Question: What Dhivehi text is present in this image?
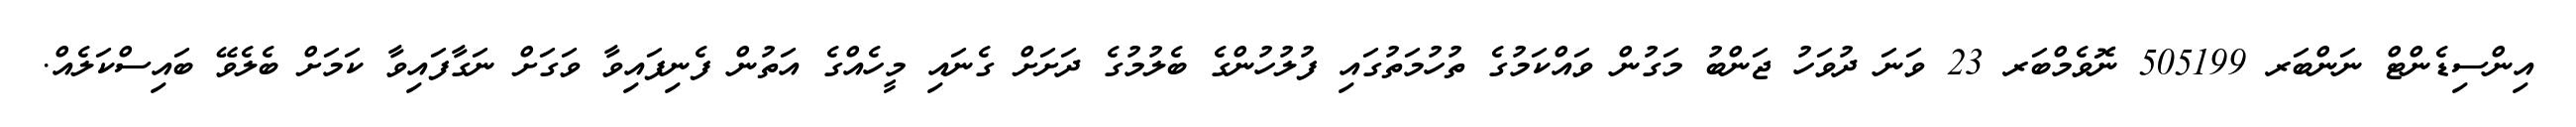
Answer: އިންސިޑެންޓް ނަންބަރ 505199 ނޮވެމްބަރ 23 ވަނަ ދުވަހު ޖަންބު މަގުން ވައްކަމުގެ ތުހުމަތުގައި ފުލުހުންގެ ބެލުމުގެ ދަށަށް ގެނައި މީހެއްގެ އަތުން ފެނިފައިވާ ވަގަށް ނަގާފައިވާ ކަމަށް ބެލެވޭ ބައިސްކަލެއް.